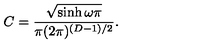
C = \frac { \sqrt { \sinh \omega \pi } } { \pi ( 2 \pi ) ^ { ( D - 1 ) / 2 } } .